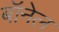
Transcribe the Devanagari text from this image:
बॉनेल